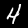
Label: 4